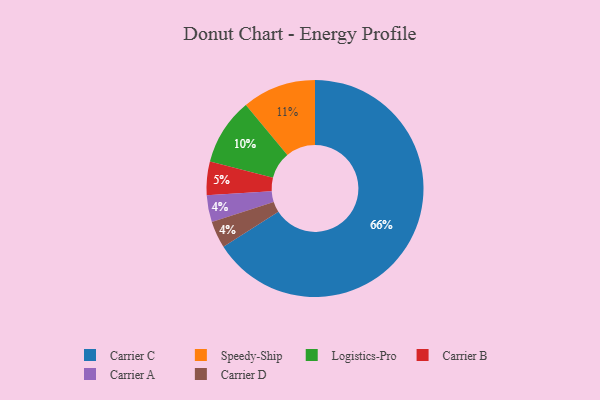
{"axis": {"x": "Category", "y": "Percentage"}, "legend": ["Carrier A", "Carrier B", "Carrier C", "Carrier D", "Logistics-Pro", "Speedy-Ship"], "data": [{"x": "Carrier C", "y": 66, "type": "Carrier C"}, {"x": "Carrier B", "y": 5, "type": "Carrier B"}, {"x": "Speedy-Ship", "y": 11, "type": "Speedy-Ship"}, {"x": "Carrier A", "y": 4, "type": "Carrier A"}, {"x": "Carrier D", "y": 4, "type": "Carrier D"}, {"x": "Logistics-Pro", "y": 10, "type": "Logistics-Pro"}]}